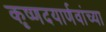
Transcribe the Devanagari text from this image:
कृष्णदयार्णवांच्या